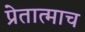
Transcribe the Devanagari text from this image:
प्रेतात्माच